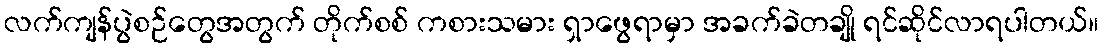
လက်ကျန်ပွဲစဉ်တွေအတွက် တိုက်စစ် ကစားသမား ရှာဖွေရာမှာ အခက်ခဲတချို ရင်ဆိုင်လာရပါတယ်။